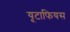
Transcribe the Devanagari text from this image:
यूटाफियस